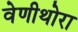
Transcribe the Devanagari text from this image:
वेणीथोरा